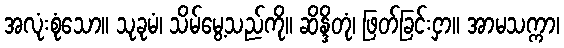
အလုံးစုံသော။ သုခုမံ၊ သိမ်မွေ့သည်ကို။ ဆိန္ဒိတုံ၊ ဖြတ်ခြင်းငှာ။ အာမသက္ကာ၊